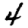
Digit: 4